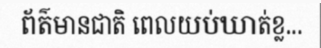
ព័ត៌មានជាតិ ពេលយប់ឃាត់ខ្ល...